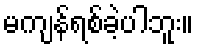
မကျန်ရစ်ခဲ့ပါဘူး။